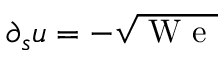
\partial _ { s } u = - \sqrt { \mathrm { ~ W ~ e ~ } }